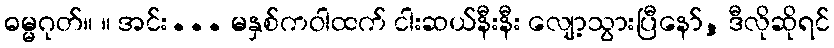
ဓမ္မဂုတ်။ ။ အင်း... မနှစ်ကဝါထက် ငါးဆယ်နီးနီး လျော့သွားပြီနော်, ဒီလိုဆိုရင်